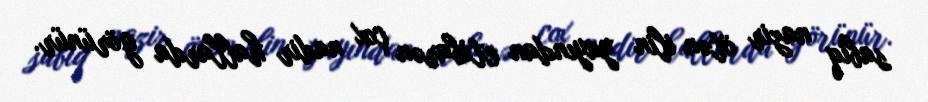
sabiq nazir ötən ilin yayından etibarən çox nadir hallarda görünür.